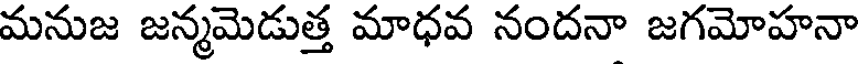
మనుజ జన్మమెడుత్త మాధవ నందనా జగమోహనా